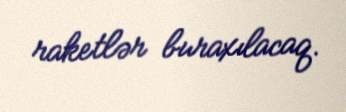
raketlər buraxılacaq.